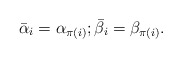
\begin{align*}\bar{\alpha}_i=\alpha_{\pi(i)};\bar{\beta}_i=\beta_{\pi(i)}.\end{align*}